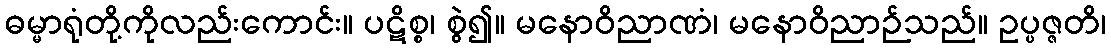
ဓမ္မာရုံတို့ကိုလည်းကောင်း။ ပဋိစ္စ၊ စွဲ၍။ မနောဝိညာဏံ၊ မနောဝိညာဉ်သည်။ ဥပ္ပဇ္ဇတိ၊